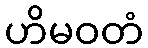
ဟိမဝတံ